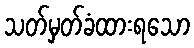
သတ်မှတ်ခံထားရသော